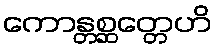
ကောန္တစ္ဆတ္တေဟိ